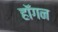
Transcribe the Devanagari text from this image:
हाॅगन